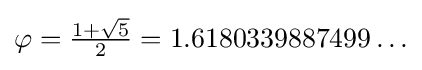
{\textstyle \varphi ={\frac {1+{\sqrt {5}}}{2}}=1.6180339887499\ldots }